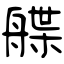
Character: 艓